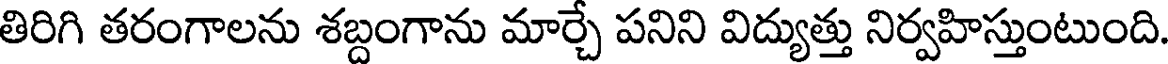
తిరిగి తరంగాలను శబ్దంగాను మార్చే పనిని విద్యుత్తు నిర్వహిస్తుంటుంది